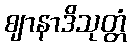
ဈာနာဒိသုတ္တံ